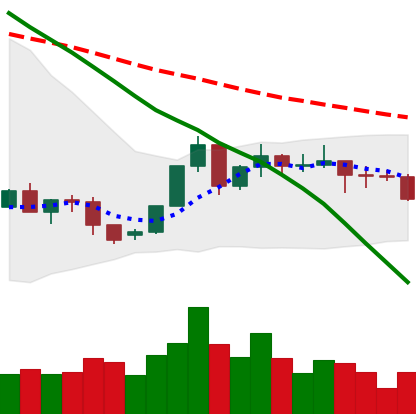
Ticker: XLM-USD
Chart end date: 2022-06-10
Forward return: -9.478%
Label: down_7plus